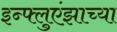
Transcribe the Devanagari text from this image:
इन्फ्लुएंझाच्या